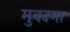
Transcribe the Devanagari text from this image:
मुक्दमा